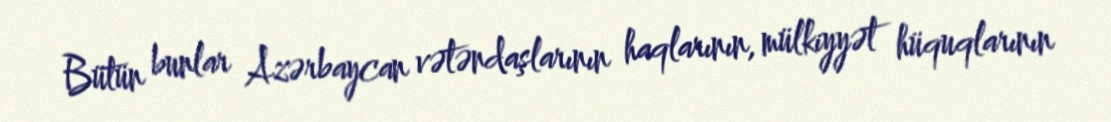
Bütün bunlar Azərbaycan vətəndaşlarının haqlarının, mülkiyyət hüquqlarının